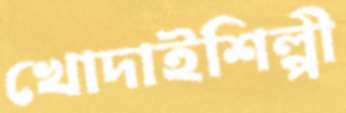
খোদাইশিল্পী